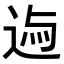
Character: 𨓃